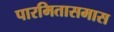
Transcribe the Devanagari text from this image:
पारमितासमास